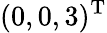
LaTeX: (0,0,3)^{\mathrm{T}}